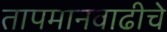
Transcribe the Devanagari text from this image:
तापमानवाढीचे